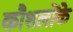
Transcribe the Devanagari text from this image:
कौशलोंके